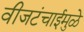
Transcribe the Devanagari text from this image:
वीजटंचाईमुळे